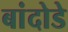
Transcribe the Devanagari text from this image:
बांदोडे